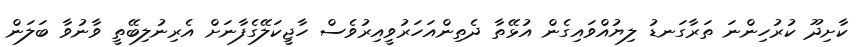
ކާށިދޫ ކުރުހިންނަ ތަރާގަނޑު ލިޔުއްވައިގެން އުޅޭތާ ދެތިންއަހަރުވީއިރުވެސް ހާޖީކަލޭގެފާނަށް އެރިނުލިބޭތީ ވާނުވާ ބަލަން